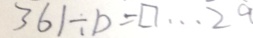
3 6 1 \div b = \square \cdots \overline { 2 } \dot { a }